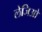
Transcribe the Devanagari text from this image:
लेजिओ